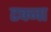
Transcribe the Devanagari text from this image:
टक्ना